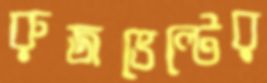
রুজভেল্টের